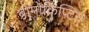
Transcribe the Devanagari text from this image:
ब्रोमोक्रिप्टिन